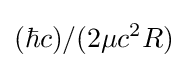
(\hbar c)/(2\mu c^{2}R)